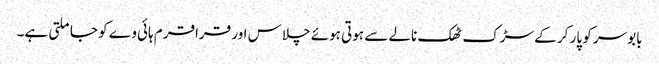
بابوسر کو پار کر کے سڑک ٹھک نالے سے ہوتی ہوئے چلاس اور قراقرم ہائی وے کو جا ملتی ہے۔